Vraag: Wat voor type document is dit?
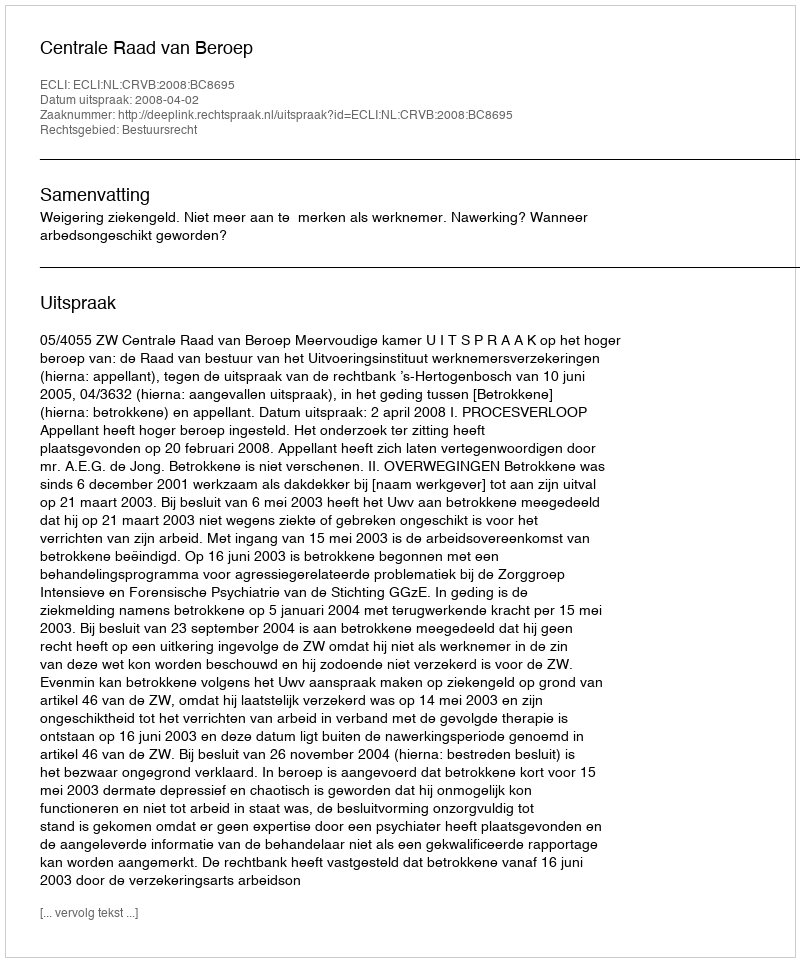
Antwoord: Uitspraak